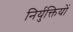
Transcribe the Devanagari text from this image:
निर्युक्तियों